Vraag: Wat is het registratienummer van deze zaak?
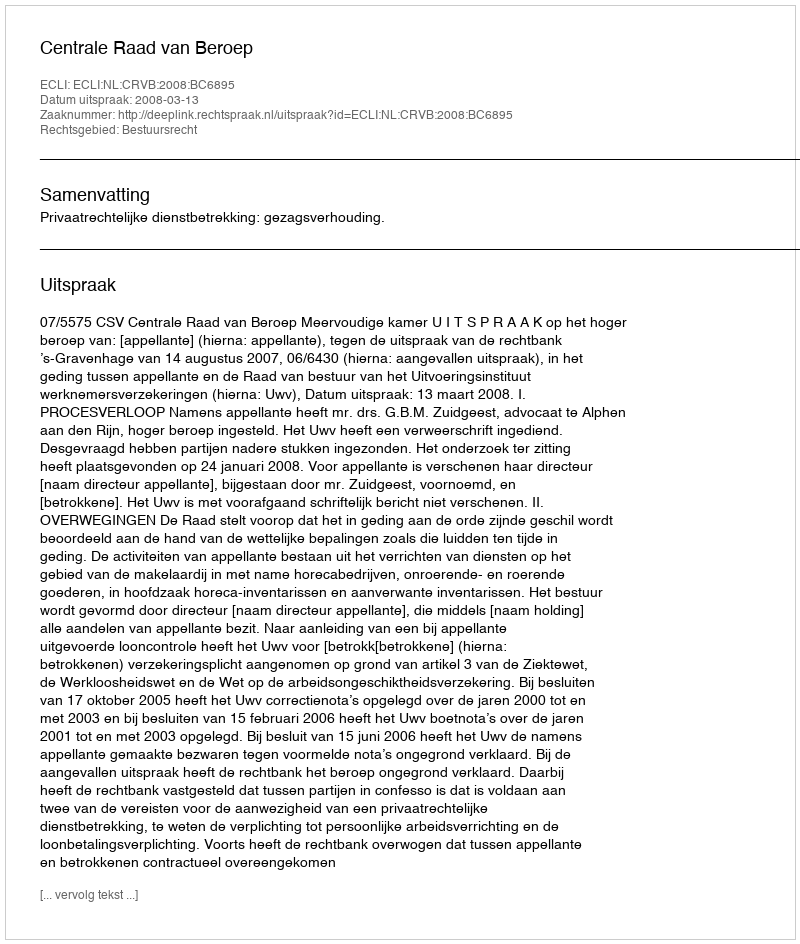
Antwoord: http://deeplink.rechtspraak.nl/uitspraak?id=ECLI:NL:CRVB:2008:BC6895